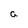
Character: a